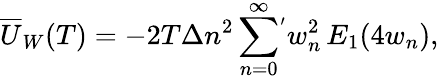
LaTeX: \overline{{{U}}}_{W}(T)=-2T\Delta n^{2}\sum_{n=0}^{\infty}\! {}^{'}w_{n}^{2}\, E_{1}(4w_{n}){,}